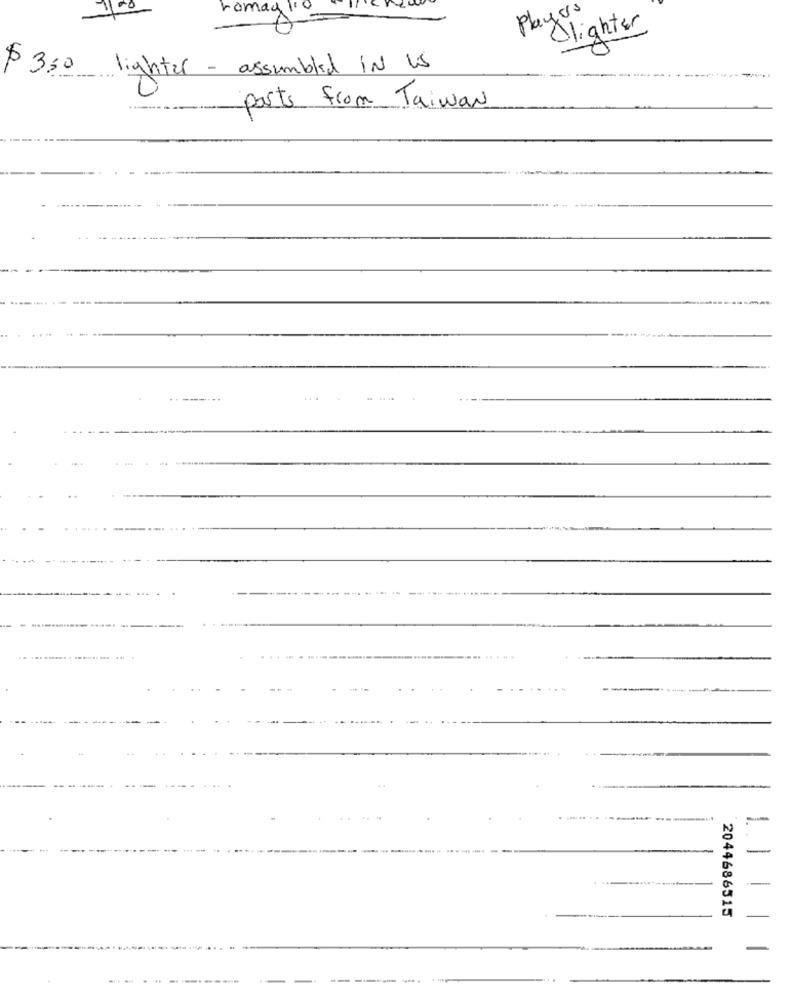
7100
romay 110
Players
Alighter
-------
$ 350 lighter - assembled IN Us
parts from Taiwan
-
-
2044686515